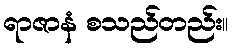
ရာဇာနံ စသည်တည်း။